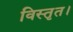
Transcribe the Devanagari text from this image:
विस्तृत।